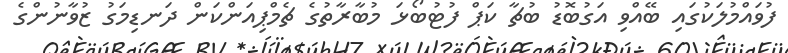
ފުވައްމުލަކުގައި ބޭއްވި އަގުބޮޑު ބުޗާ ކަޕް ފުޓުބޯޅަ މުބާރާތުގެ ޗެމްޕިއަންކަން ދަނޑިމަގު ޒުވާނުންގެ